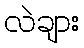
လဲချား